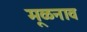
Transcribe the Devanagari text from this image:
मूळनाव